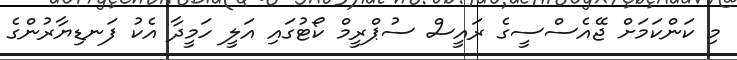
މި ކަންކަމަށް ޖޭއެސްސީގެ ރައީސް ސުޕްރީމް ކޯޓުގައި އަލީ ހަމީދާ އެކު ފަނޑިޔާރުންގެ